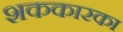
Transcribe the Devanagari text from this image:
शककारका